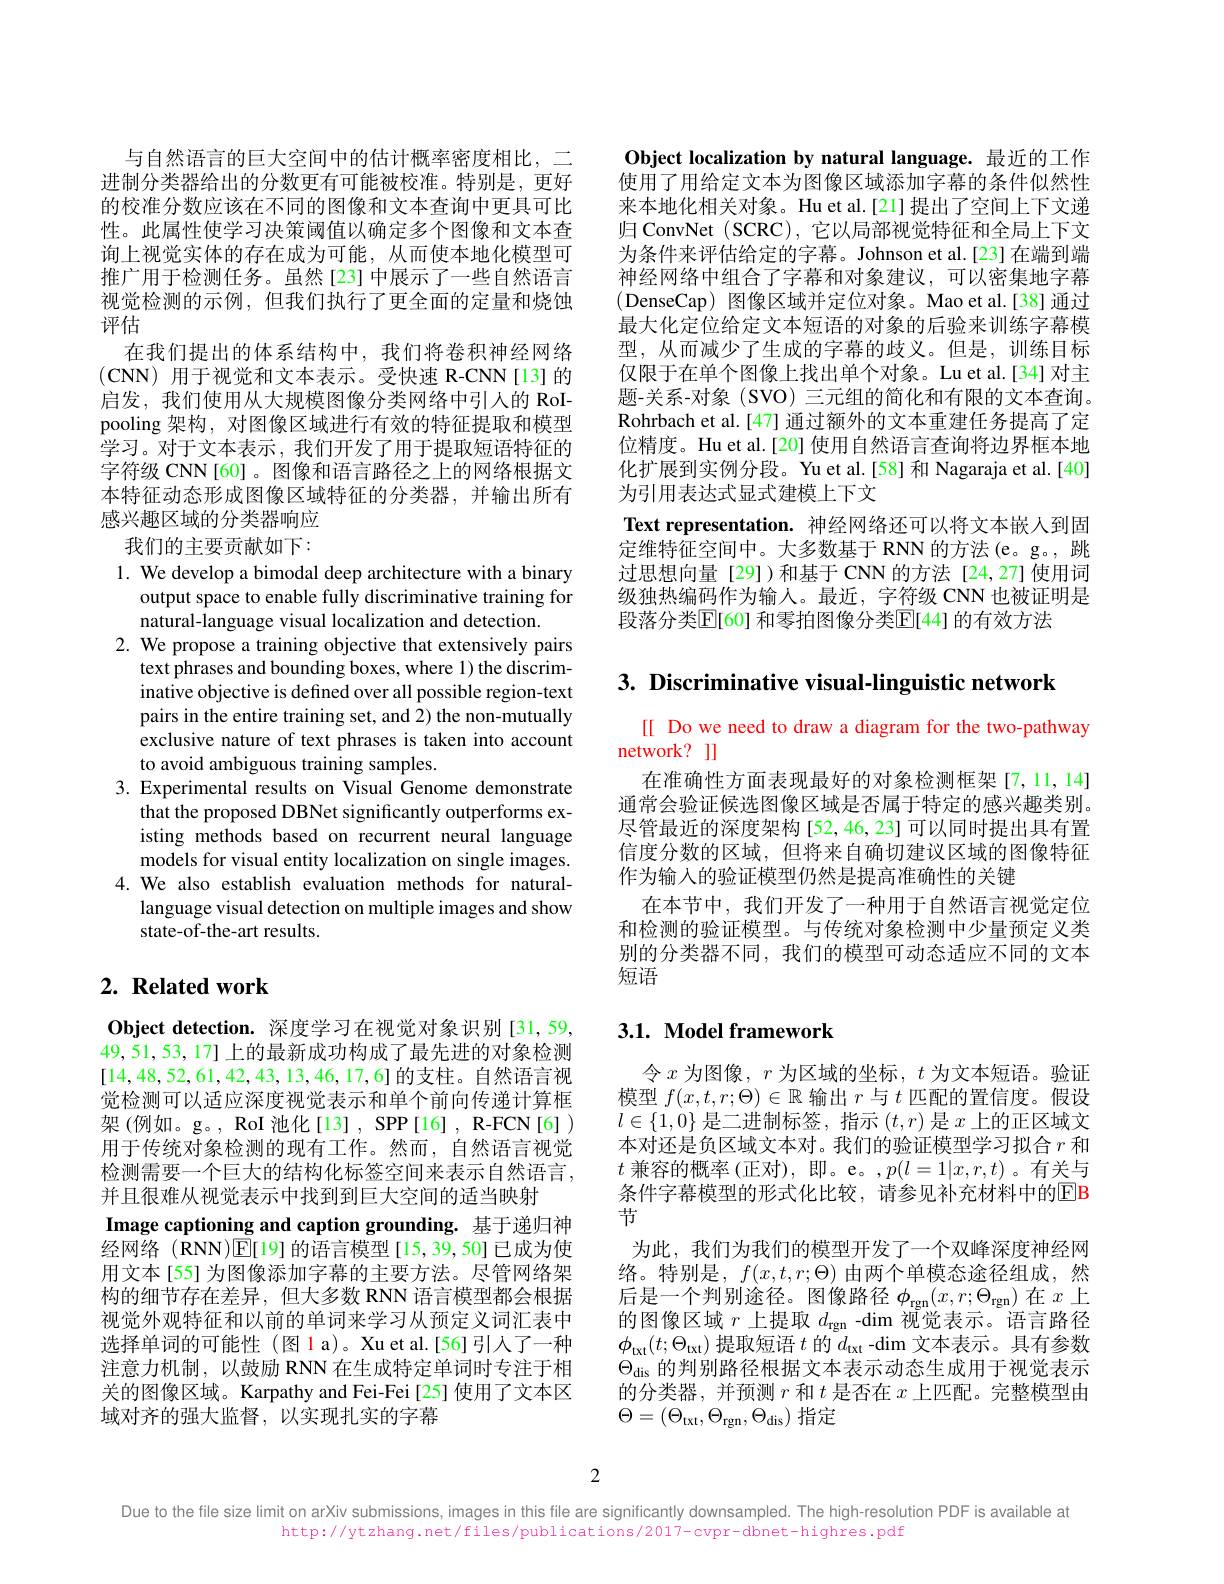
与自然语言的巨大空间中的估计概率密度相比，二进制分类器给出的分数更有可能被校准。特别是，更好的校准分数应该在不同的图像和文本查询中更具可比性。此属性使学习决策阈值以确定多个图像和文本查询上视觉实体的存在成为可能，从而使本地化模型可推广用于检测任务。虽然[23] 中展示了一些自然语言视觉检测的示例，但我们执行了更全面的定量和烧蚀评估
在我们提出的体系结构中，我们将卷积神经网络(CNN)用于视觉和文本表示。受快速 R-CNN[13]的启发，我们使用从大规模图像分类网络中引人的 RoIpooling 架构，对图像区域进行有效的特征提取和模型学习。对于文本表示，我们开发了用于提取短语特征的字符级 CNN [60]。图像和语言路径之上的网络根据文本特征动态形成图像区域特征的分类器，并输出所有感兴趣区域的分类器响应

Object localization by natural language. 最近的工作使用了用给定文本为图像区域添加字幕的条件似然性来本地化相关对象。Hu et al.[21]提出了空间上下文递归 ConvNet (SCRC), 它以局部视觉特征和全局上下文为条件来评估给定的字幕。Johnson et al.[23] 在端到端神经网络中组合了字幕和对象建议，可以密集地字幕(DenseCap) 图像区域并定位对象。Mao et al.[38]通过最大化定位给定文本短语的对象的后验来训练字幕模型，从而减少了生成的字幕的歧义。但是，训练目标仅限于在单个图像上找出单个对象。Lu et al.[34] 对主题-关系-对象(SVO) 三元组的简化和有限的文本查询。Rohrbach et al.[47] 通过额外的文本重建任务提高了定位精度。Hu et al.[20] 使用自然语言查询将边界框本地化扩展到实例分段。Yu et al.[58] 和 Nagaraja et al.[40] 为引用表达式显式建模上下文
Text representation. 神经网络还可以将文本嵌人到固定维特征空间中。大多数基于 RNN 的方法(e。g。,跳过思想向量[29])和基于CNN的方法[24,27]使用词级独热编码作为输入。最近，字符级 CNN 也被证明是段落分类$\mathbb{E}[60]$ 和零拍图像分类$\mathbb{E}[44]$ 的有效方法

我们的主要贡献如下：

3. Discriminative visual-linguistic network

1. We develop a bimodal deep architecture with a binary
output space to enable fully discriminative training for
natural-language visual localization and detection.
2. We propose a training objective that extensively pairs
text phrases and bounding boxes, where 1) the discriminative objective is defined over all possible region-text pairs in the entire training set, and 2) the non-mutually exclusive nature of text phrases is taken into account to avoid ambiguous training samples.
3. Experimental results on Visual Genome demonstrate
that the proposed DBNet significantly outperforms existing methods based on recurrent neural language models for visual entity localization on single images.
4.We also establish evaluation methods for natural-
language visual detection on multiple images and show
state-of-the-art results.

[[ Do we need to draw a diagram for the two-pathway
network? l]
在准确性方面表现最好的对象检测框架[7,11,14] 通常会验证候选图像区域是否属于特定的感兴趣类别。尽管最近的深度架构[52,46,23]可以同时提出具有置信度分数的区域，但将来自确切建议区域的图像特征作为输入的验证模型仍然是提高准确性的关键
在本节中，我们开发了一种用于自然语言视觉定位和检测的验证模型。与传统对象检测中少量预定义类别的分类器不同，我们的模型可动态适应不同的文本短语

# $2. \textbf{ Related work}$

## $3. 1. \textbf{Model framework}$

Object detection. 深度学习在视觉对象识别[31,59, 49,51,53,17]上的最新成功构成了最先进的对象检测[14,48,52,61,42,43,13,46,17,6]的支柱。自然语言视觉检测可以适应深度视觉表示和单个前向传递计算框架 (例如。g。, RoI 池化[13] , SPP[16] , R-FCN[6] ) 用于传统对象检测的现有工作。然而，自然语言视觉检测需要一个巨大的结构化标签空间来表示自然语言， 并且很难从视觉表示中找到到巨大空间的适当映射
Image captioning and caption grounding. 基于递归神经网络 (RNN)$\mathbb{E}[$19]的语言模型[15,39,50]已成为使用文本[55] 为图像添加字幕的主要方法。尽管网络架构的细节存在差异，但大多数 RNN 语言模型都会根据视觉外观特征和以前的单词来学习从预定义词汇表中选择单词的可能性(图 l a)。Xu et al.[56] 引入了一种注意力机制，以鼓励 RNN 在生成特定单词时专注于相关的图像区域。Karpathy and Fei-Fei[25] 使用了文本区域对齐的强大监督，以实现扎实的字幕

令$x$为图像，$r$为区域的坐标，$t$为文本短语。验证模型$f(x,t,r;\Theta)\in\mathbb{R}$输出$r$与$t$匹配的置信度。假设$l\in\{1,0\}$是二进制标签，指示$(t,r)$是$x$上的正区域文本对还是负区域文本对。我们的验证模型学习拟合$r$和$t$兼容的概率(正对),即。e。$,p(l=1|x,r,t)$。有关与条件字幕模型的形式化比较，请参见补充材料中的$\boxed{\mathrm{EB}}$ 节
为此，我们为我们的模型开发了一个双峰深度神经网络。特别是，$f(x,t,r;\Theta)$由两个单模态途径组成，然后是一个判别途径。图像路径$\phi_\mathrm{rgn}(x,r;\Theta_\mathrm{rgn})$在$x$上的图像区域$r$上提取$d_\mathrm{rgn}$ -$\dim$视觉表示。语言路径$\phi_\mathrm{txt}(t;\Theta_\mathrm{txt})$提取短语$t$的$d_\mathrm{txt}$ -dim 文本表示。具有参数$\Theta_{\mathrm{dis}}$的判别路径根据文本表示动态生成用于视觉表示的分类器，并预测$r$和$t$是否在$x$上匹配。完整模型由$\Theta=(\Theta_{\mathrm{txt}},\Theta_{\mathrm{rgn}},\Theta_{\mathrm{dis}})$指定

2

Due to the file size limit on arXiv submissions, images in this file are significantly downsampled. The high-resolution PDF is available at

http://ytzhang.net/files/publications/2017-cvpr-dbnet-highres.pdf